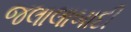
જલાલાબાદી